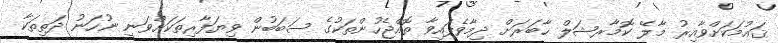
ޤައުމަކަށްވާއިރު މާލޭ ކޮމާރޝަލް ހާބަރަށް ދިމާވެފައިވާ ތޮއްޖެހުންތަކުގެ ސަބަބުން ވިޔަފާރިތަކަށްވަނީ ނުހަނު ދަތިތަކާ